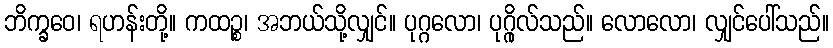
ဘိက္ခဝေ၊ ရဟန်းတို့။ ကထဉ္စ၊ အဘယ်သို့လျှင်။ ပုဂ္ဂလော၊ ပုဂ္ဂိုလ်သည်။ လောလော၊ လျှင်ပေါ်သည်။